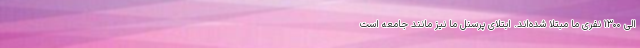
الی ۱۳۰۰ نفری ما مبتلا شده‌اند. ابتلای پرسنل ما نیز مانند جامعه است